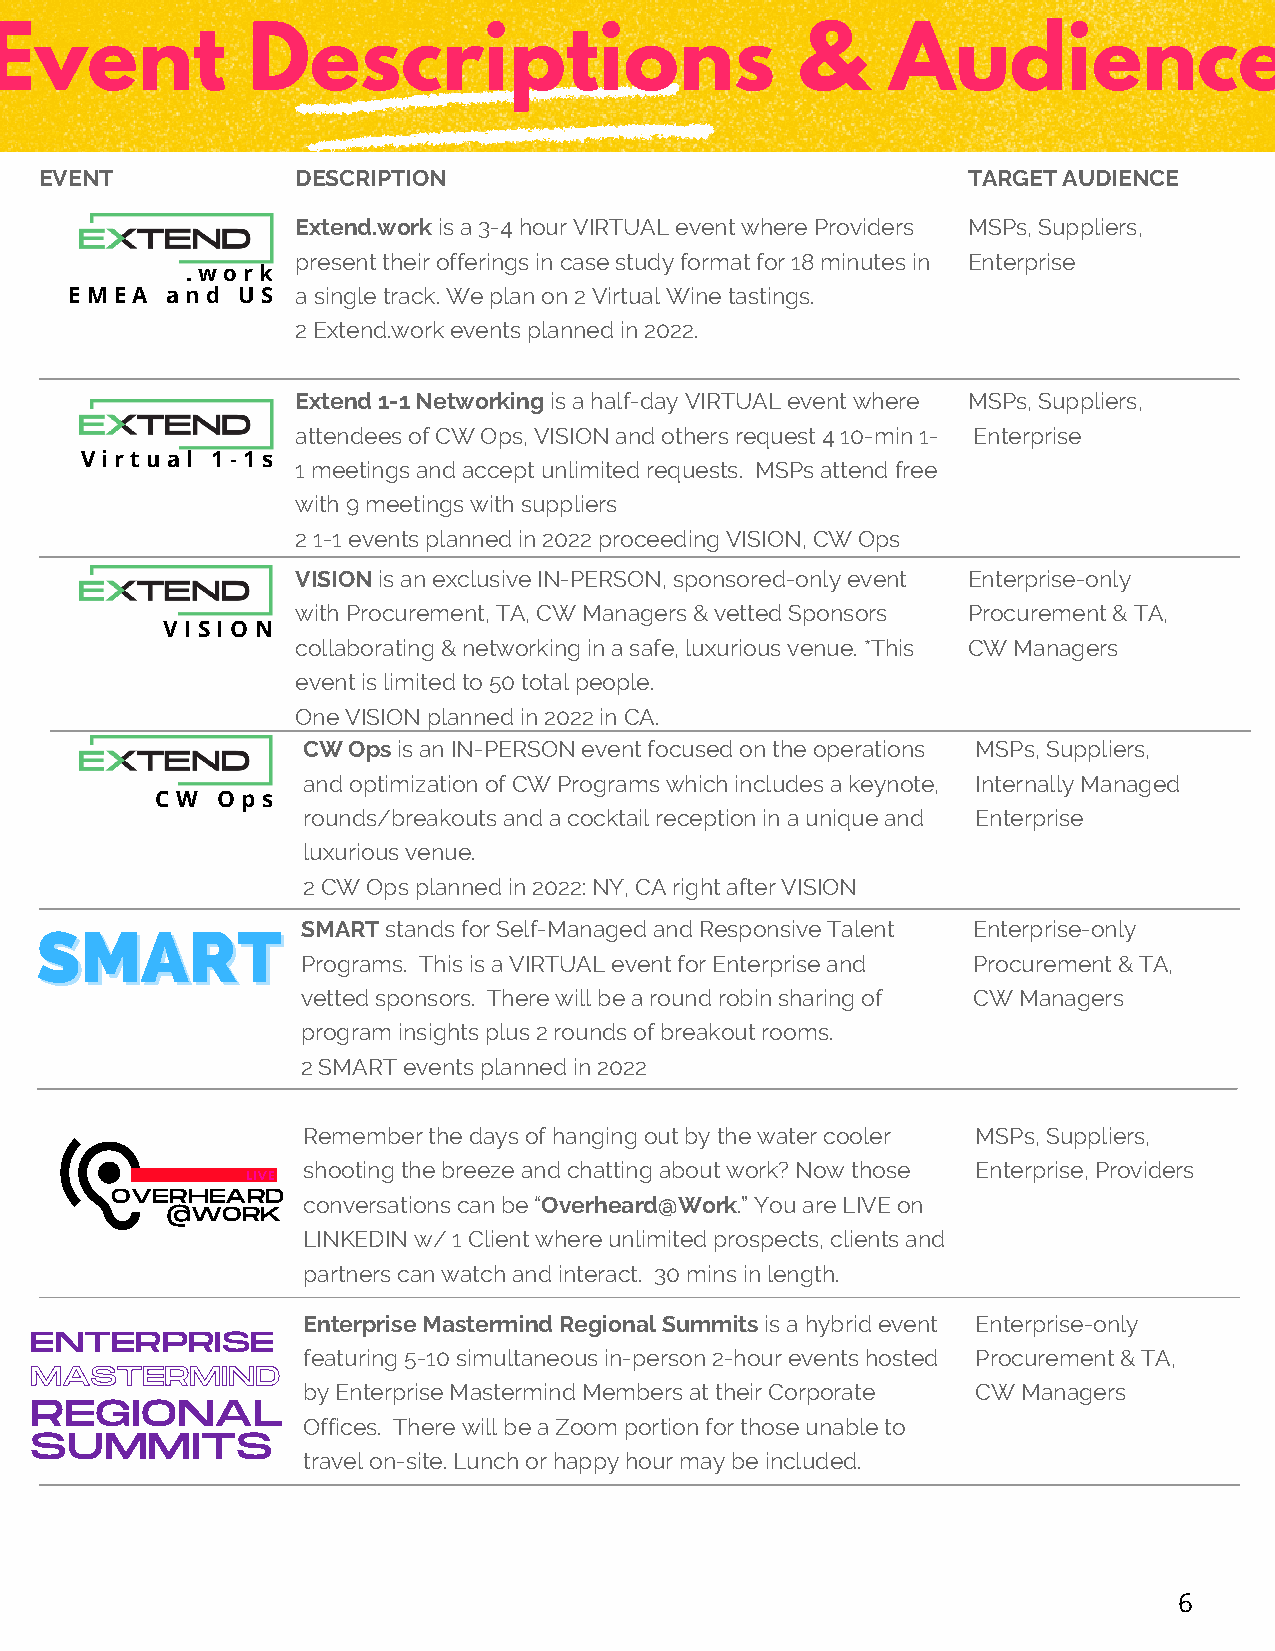
Event           Descriptions                         &     Audience
 EVENT            DESCRIPTION                                 TARGET AUDIENCE
 Extend.work is a 3-4 hour VIRTUAL event where Providers MSPs, Suppliers,
 present their offerings in case study format for 18 minutes in Enterprise
 .work
 EMEA  and  US  a single track. We plan on 2 Virtual Wine tastings.
 2 Extend.work events planned in 2022.
 Extend 1-1 Networking is a half-day VIRTUAL event where MSPs, Suppliers,
 attendees of CW Ops, VISION and others request 4 10-min 1- Enterprise
 Virtual  1-1s
 1 meetings and accept unlimited requests. MSPs attend free
 with 9 meetings with suppliers
 2 1-1 events planned in 2022 proceeding VISION, CW Ops
 VISION is an exclusive IN-PERSON, sponsored-only event Enterprise-only
 with Procurement, TA, CW Managers & vetted Sponsors Procurement & TA,
 V I S I O N
 collaborating & networking in a safe, luxurious venue. *This CW Managers
 event is limited to 50 total people.
 One VISION planned in 2022 in CA.
 CW Ops is an IN-PERSON event focused on the operations MSPs, Suppliers,
 and optimization of CW Programs which includes a keynote, Internally Managed
 C W O p s
 rounds/breakouts and a cocktail reception in a unique and Enterprise
 luxurious venue.
 2 CW Ops planned in 2022: NY, CA right after VISION
 SMART stands for Self-Managed and Responsive Talent Enterprise-only
 SSMMAARRTT
 Programs. This is a VIRTUAL event for Enterprise and Procurement & TA,
 vetted sponsors. There will be a round robin sharing of CW Managers
 program insights plus 2 rounds of breakout rooms.
 2 SMART events planned in 2022
 Remember the days of hanging out by the water cooler MSPs, Suppliers,
 shooting the breeze and chatting about work? Now those Enterprise, Providers
 LIVE
 OVERHEARD
 conversations can be “Overheard@Work.” You are LIVE on
 @WORK
 LINKEDIN w/ 1 Client where unlimited prospects, clients and
 partners can watch and interact. 30 mins in length.
 Enterprise Mastermind Regional Summits is a hybrid event Enterprise-only
 ENTERPRISE
 featuring 5-10 simultaneous in-person 2-hour events hosted Procurement & TA,
 MASTERMIND
 by Enterprise Mastermind Members at their Corporate CW Managers
 REGIONAL
 Offices. There will be a Zoom portion for those unable to
 SUMMITS
 travel on-site. Lunch or happy hour may be included.
 6